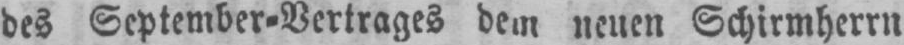
des September⸗Vertrages dem neuen Schirmherrn